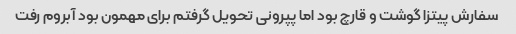
سفارش پیتزا گوشت و قارچ بود اما پپرونی تحویل گرفتم برای مهمون بود آبروم رفت